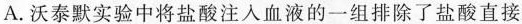
A.沃泰默实验中将盐酸注入血液的一组排除了盐酸直接